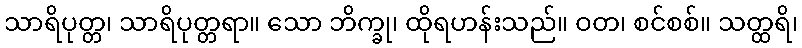
သာရိပုတ္တ၊ သာရိပုတ္တရာ။ သော ဘိက္ခု၊ ထိုရဟန်းသည်။ ဝတ၊ စင်စစ်။ သတ္ထရိ၊